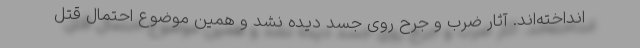
انداخته‌اند. آثار ضرب و جرح روی جسد دیده نشد و همین موضوع احتمال قتل